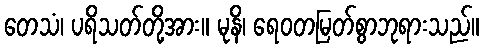
တေသံ၊ ပရိသတ်တို့အား။ မုနိ၊ ရေဝတမြတ်စွာဘုရားသည်။